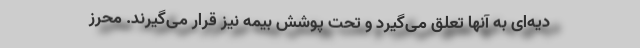
دیه‌ای به آنها تعلق می‌گیرد و تحت پوشش بیمه نیز قرار می‌گیرند. محرز